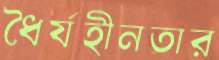
ধৈর্যহীনতার